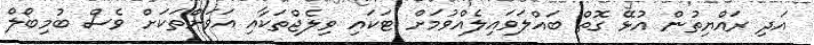
އަދި ރައްޔިތުން އުޅޭ ގޮތް ބައްލަވައިލެއްވުމަށް ޓަކައި ވިލެޖްތަކާއި އަވަށްތަކަށް ވެސް ބުމިބޯލް